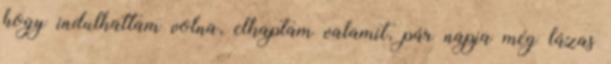
hogy indulhattam volna, elkaptam valamit, pár napja még lázas